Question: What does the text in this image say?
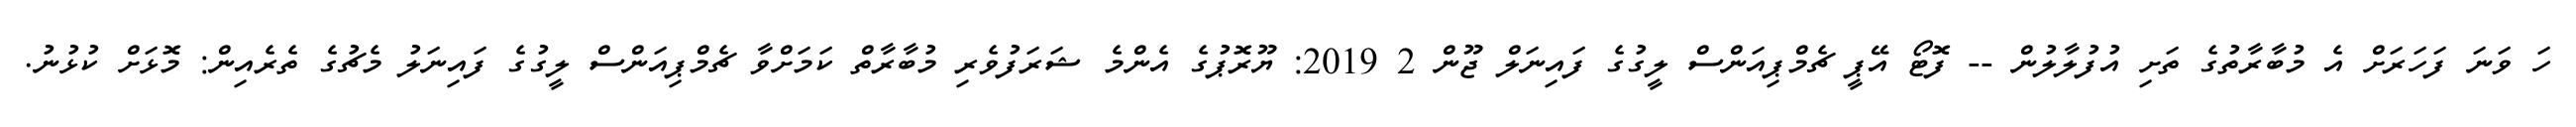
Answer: ހަ ވަނަ ފަހަރަށް އެ މުބާރާތުގެ ތަށި އުފުލާލުން -- ފޮޓޯ އޭޕީ ޗެމްޕިއަންސް ލީގުގެ ފައިނަލް ޖޫން 2 2019: ޔޫރޮޕުގެ އެންމެ ޝަރަފުވެރި މުބާރާތް ކަމަށްވާ ޗެމްޕިއަންސް ލީގުގެ ފައިނަލު މެޗުގެ ތެރެއިން: މޮޅަށް ކުޅުނު.